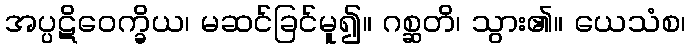
အပ္ပဋိဝေက္ခိယ၊ မဆင်ခြင်မူ၍။ ဂစ္ဆတိ၊ သွား၏။ ယေသံစ၊